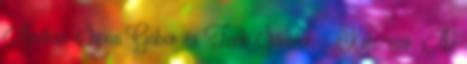
András, Sipos Gábor és Tonk Sándor. – Kolozsvár: Az